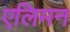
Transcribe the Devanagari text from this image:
एलिमन